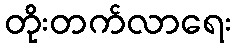
တိုးတက်လာရေး